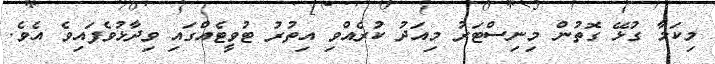
މިކަމާ ގުޅޭ ގޮތުން މިނިސްޓަރު މިއަދު ކުރެއްވި އިތުރު ޓުވީޓެއްގައި ވިދާޅުވެފައިވެ އެވެ.